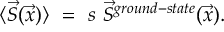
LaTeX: \langle \vec { S } ( \vec { x } ) \rangle ~ = ~ s ~ \vec { S } ^ { g r o u n d - s t a t e } ( \vec { x } ) .